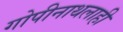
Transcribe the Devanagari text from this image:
गोपीनाथलाही